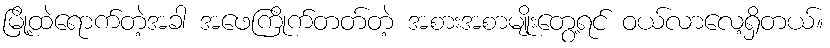
မြို့ထဲရောက်တဲ့အခါ အဖေကြိုက်တတ်တဲ့ အစားအစာမျိုးတွေ့ရင် ဝယ်လာလေ့ရှိတယ်။